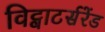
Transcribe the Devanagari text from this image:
विट्वाटर्सरेंड